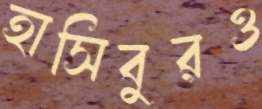
হাসিবুরও